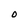
Character: O